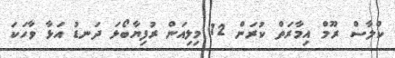
ކްލާސް ރޫމް އިމާރަތް ކުރަން 12 މިލިއަން ރުފިޔާބޯޅަ ދަނޑު އަޅާ ވާހަކަ